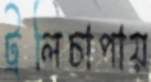
ট্রলিচাপায়